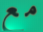
مع